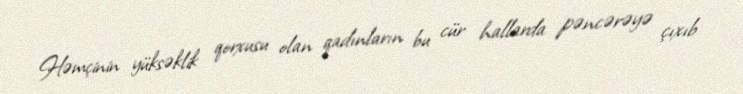
Həmçinin yüksəklik qorxusu olan qadınların bu cür hallarda pəncərəyə çıxıb